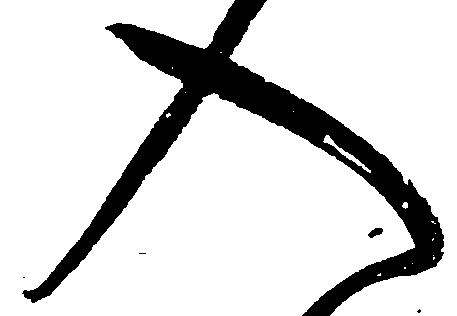
入